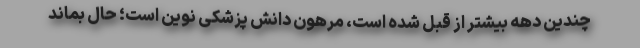
چندین دهه بیشتر از قبل شده است، مرهون دانش پزشکی نوین است؛ حال بماند